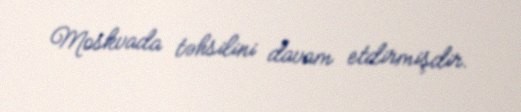
Moskvada təhsilini davam etdirmişdir.